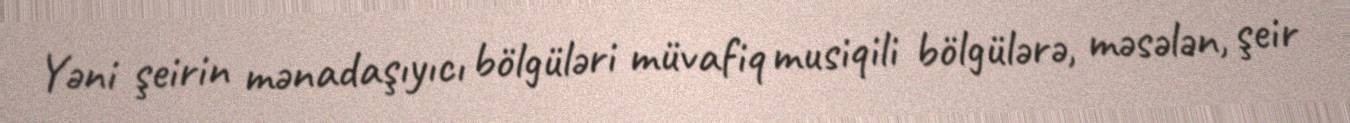
Yəni şeirin mənadaşıyıcı bölgüləri müvafiq musiqili bölgülərə, məsələn, şeir